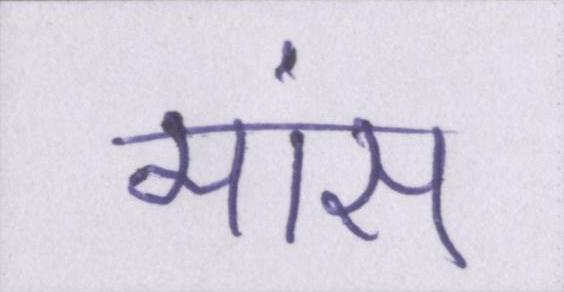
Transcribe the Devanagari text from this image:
मांस